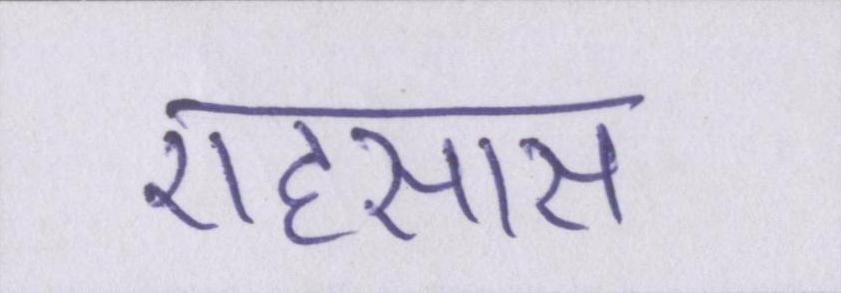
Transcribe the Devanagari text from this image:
एहसास